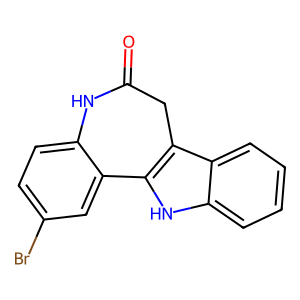
SMILES: O=C1Cc2c([nH]c3ccccc23)-c2cc(Br)ccc2N1
Inhibits HIV replication: No